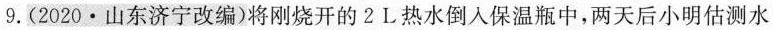
9.(2020·山东济宁改编)将刚烧开的2L热水倒入保温瓶中，两天后小明估测水